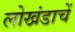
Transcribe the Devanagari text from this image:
लोखंडाचें